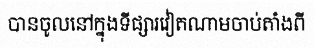
បានចូលនៅក្នុងទីផ្សារវៀតណាមចាប់តាំងពី